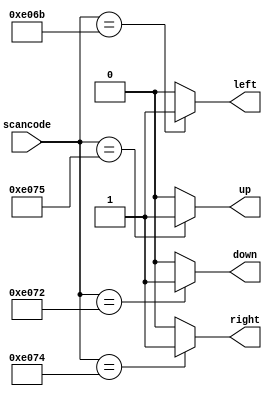
// synthesis verilog_input_version verilog_2001
module top_module (
    input [15:0] scancode,
    output reg left,
    output reg down,
    output reg right,
    output reg up  ); 
    
    always @(*) begin
        left = 1'b0; down = 1'b0; right = 1'b0; up = 1'b0;
        casez(scancode)
            16'he06b: left = 1'b1;
            16'he072: down = 1'b1;
            16'he074: right = 1'b1;
            16'he075: up = 1'b1;
        endcase
    end
            

endmodule